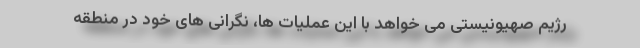
رژیم صهیونیستی می خواهد با این عملیات ها، نگرانی های خود در منطقه